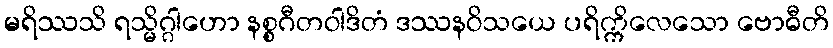
မရိဿသိ ရသ္မိဂ္ဂါဟော နစ္စဂီတဝါဒိတံ ဒဿနဝိသယေ ပရိက္ကိလေသော ဗောဓီတိ